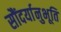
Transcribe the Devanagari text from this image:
सौंदर्यानुभूति